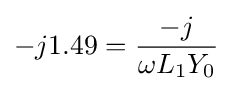
-j1.49={\frac {-j}{\omega L_{1}Y_{0}}}